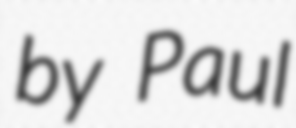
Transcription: by Paul